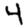
Digit: 4